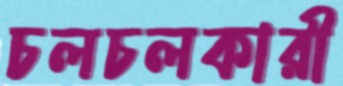
চলচলকারী